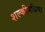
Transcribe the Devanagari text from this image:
शल्कीयक्रिया